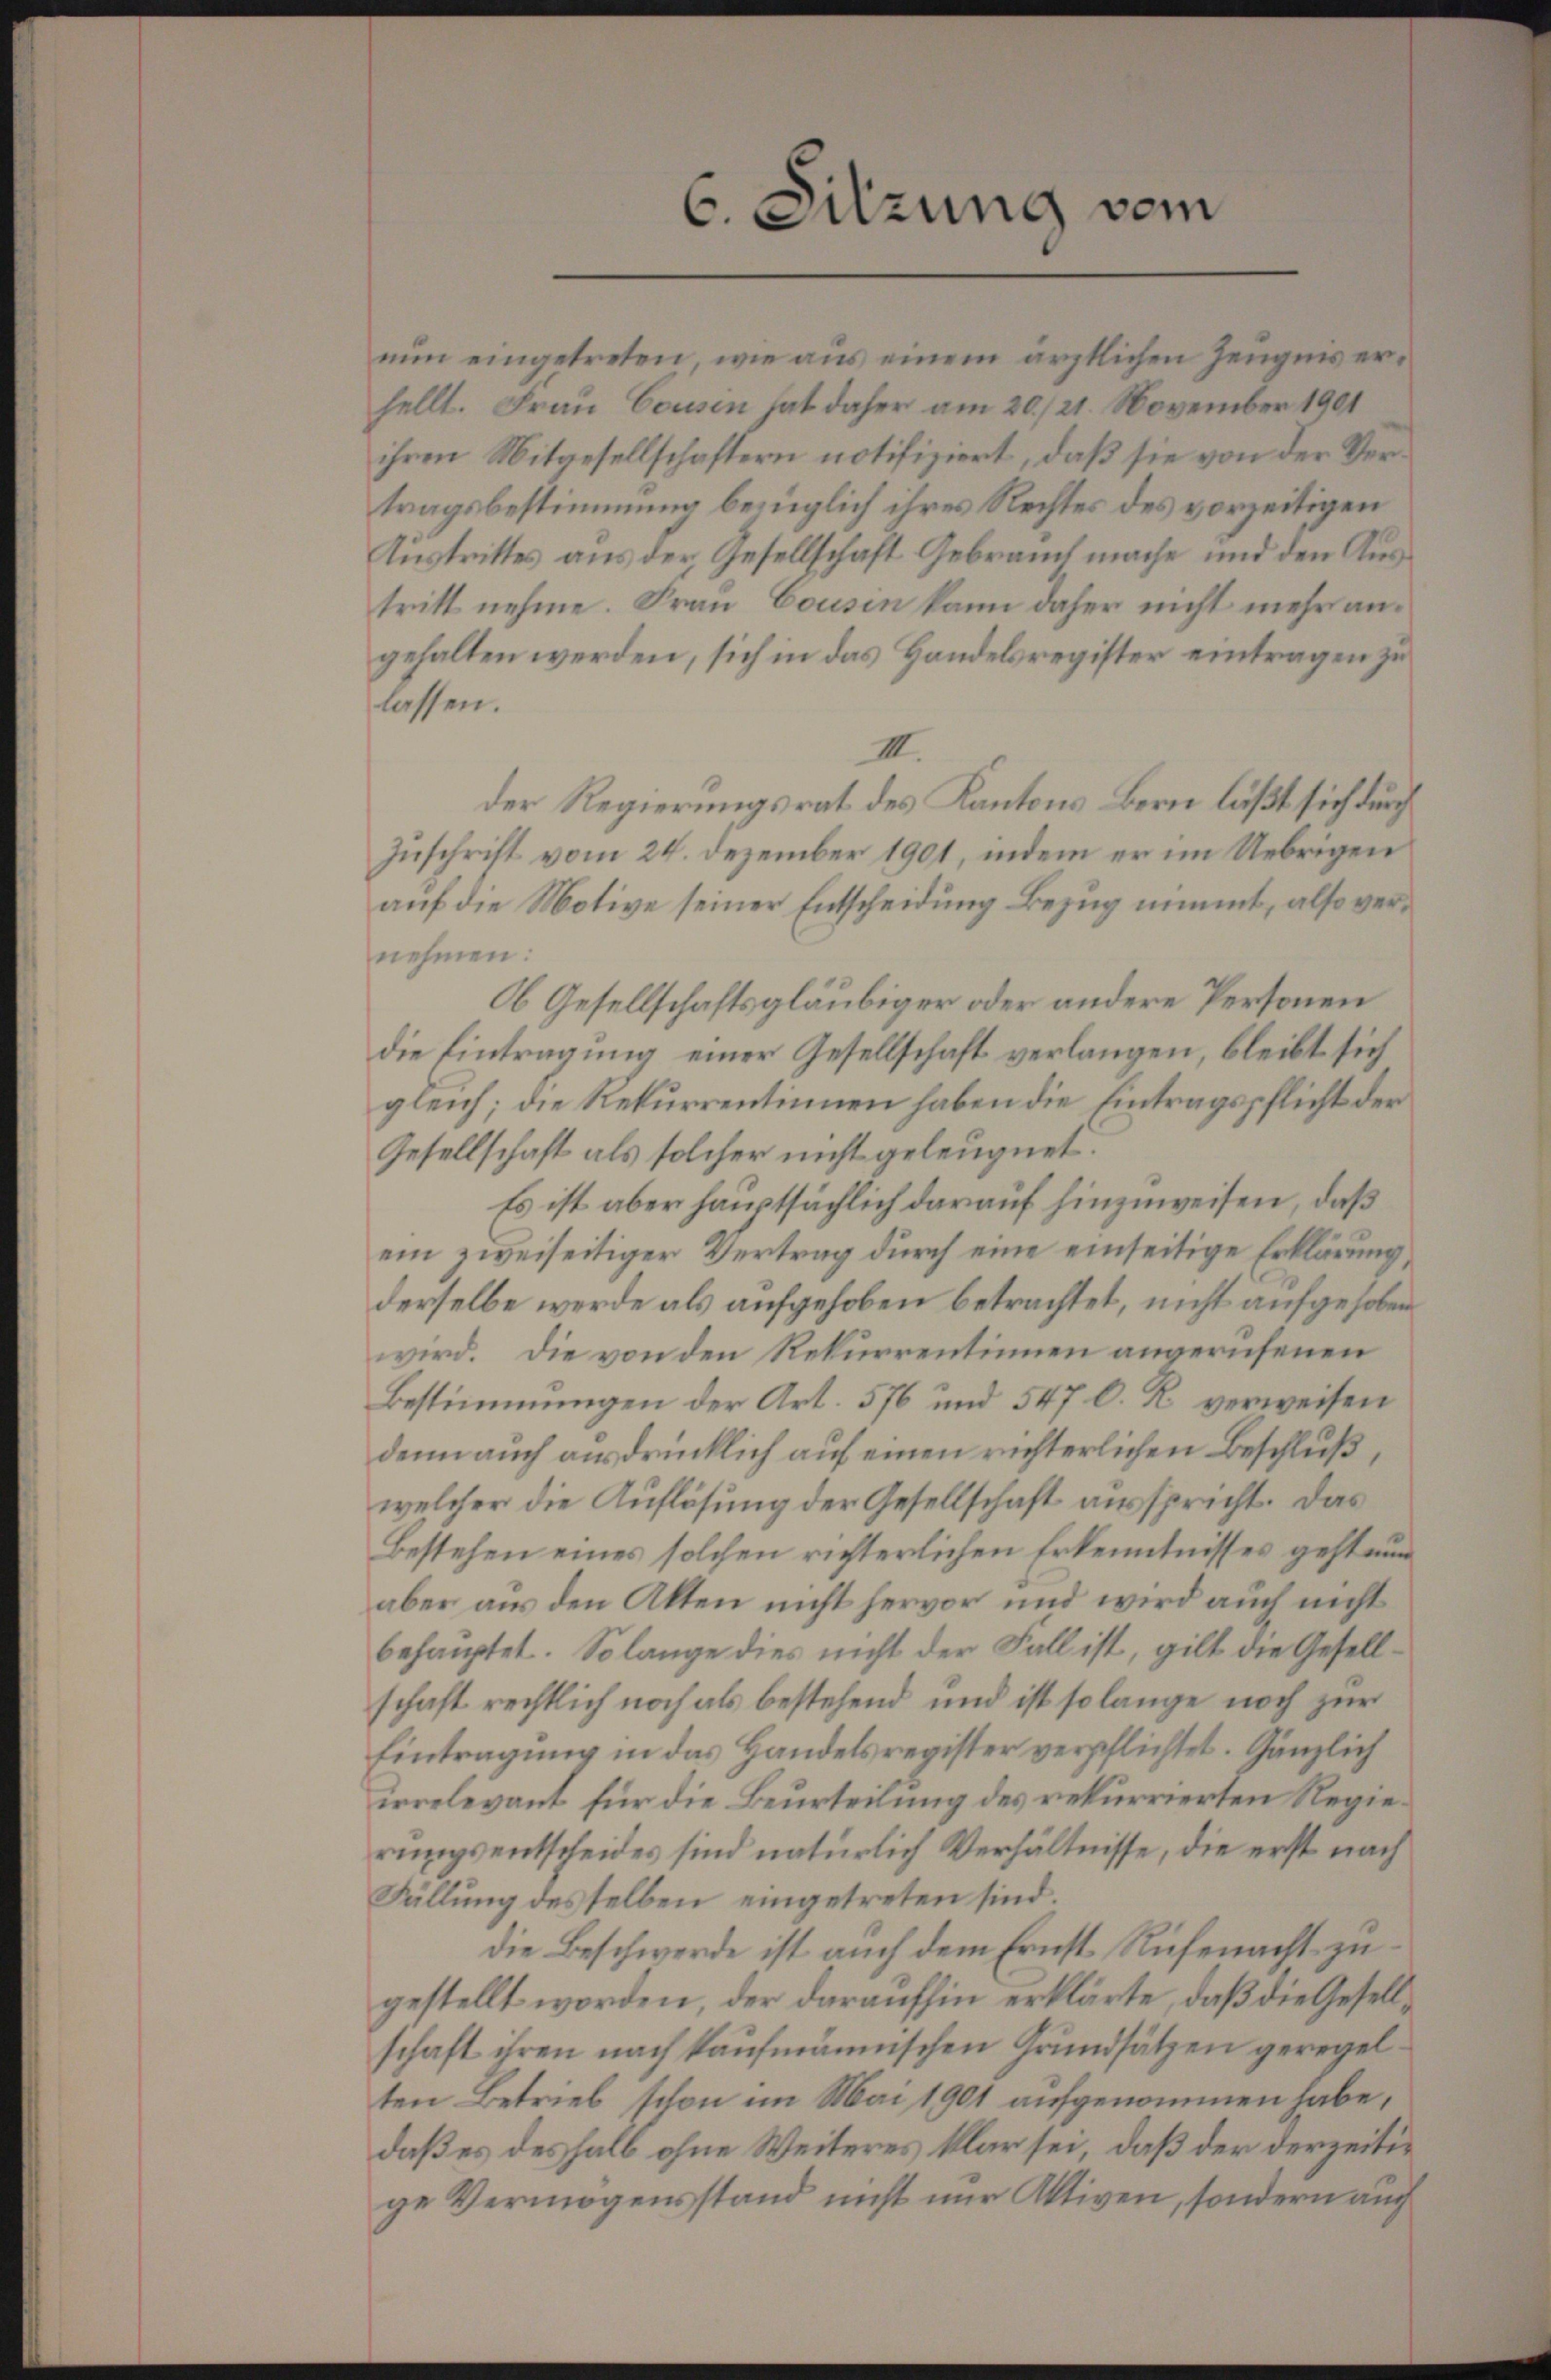
C. Sitzung vom

nŭn eingetreten, wie aus einem ärztlichen Zeŭgnis er-
hellt. Frau Consen hat daher am 20./21. November 1901
ihren Mitgesellschaftern notifiziert, daß sie von der Vertragsbestimmung bezüglich ihres Rechtes des vorzeitigen
Austrittes aus der Gesellschaft Gebrauch mache und den Austritt nehme. Frau Cousin kann daher nicht mehr angehalten werden, sich in das Handelsregister eintragen zu
lassen.
III.
der Regierungsrat des Kantons Bern läßt sich durch
Zuschrift vom 24. Dezember 1901, indem er im Uebrigen
auf die Motive seiner Entscheidung Bezug nimmt, also vernehmen:
Ob Gesellschaftsgläubiger oder andere Personen
die Eintragung einer Gesellschaft verlangen, bleibt sich
gleich; die Rekurrentinnen haben die Eintragspflicht der
Gesellschaft als solcher nicht geleugnet.
Es ist aber hauptsächlich darauf hinzuweisen, daß
ein zweiseitiger Vertrag durch eine einseitige Erklärung,
derselbe werde als aufgehoben betrachtet, nicht aufgehoben
wird. Die von den Rekurrentinnen angerufenen
Bestimmungen der Art. 576 und 547 C. R. verweisen
denn auch ausdrücklich auf einen richterlichen Beschluß,
welcher die Auflösung der Gesellschaft ausspricht. Das
Bestehen eines solchen richterlichen Erkenntnisses gesteue
aber aus den Akten nicht hervor und wird auch nicht
behauptet. So lange dies nicht der Fall ist, gilt die Gesell-
schaft rechtlich noch als bestehend und ist so lange noch zur
Eintragung in das Handelsregister verpflichtet. Gänzlich
irrelevant für die Beurteilung des rekurrierten Regierungsentscheides sind natürlich Verhältnisse, die erst nach
Fällŭng des selben eingetreten sind.
die Beschwerde ist auch dem Ernst Rufenacht zugestellt worden, der daraufhin erklärte, daß die Gesellschaft ihren nach kaufmännischen Grundsätzen geregelten Betrieb schon im Mai 1901 aufgenommen habe,
daß es deshalb ohne Weiteres klar sei, daß der derzeitige Vermögensstand nicht nur Aktiven, sondern auch